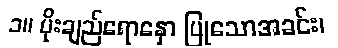
၁။ ပိုးချည်ရောနှော ပြုသောအခင်း၊